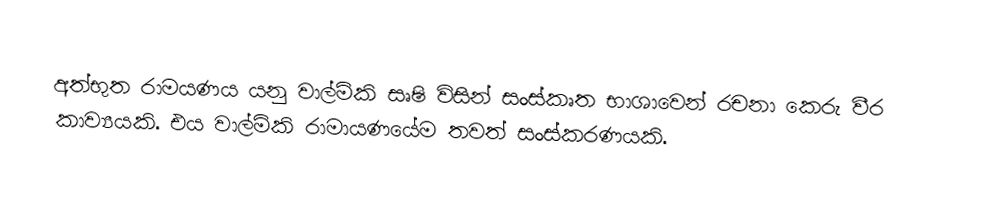
අත්භුත රාමයණය යනු වාල්මිකි සෘෂි විසින් සංස්කෘත භාශාවෙන් ‍රචනා කෙරු වීර කාව්‍යයකි. එය වාල්මිකි රාමායණයේම තවත් සංස්කරණයකි.